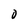
Character: O